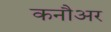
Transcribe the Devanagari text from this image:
कनौअर